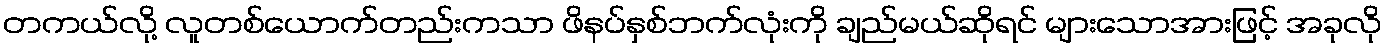
တကယ်လို့ လူတစ်ယောက်တည်းကသာ ဖိနပ်နှစ်ဘက်လုံးကို ချည်မယ်ဆိုရင် များသောအားဖြင့် အခုလို